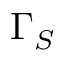
\Gamma _ { S }